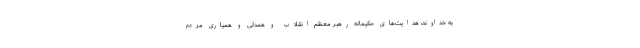
به خداوند، هدایت‌های حکیمانه رهبر معظم انقلاب و همدلی و همیاری مردم